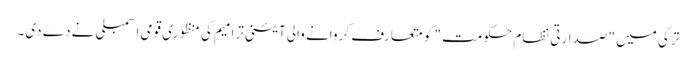
ترکی میں " صدارتی نظامِ حکومت " کو متعارف کروانے والی آئینی ترامیم کی منظوری قومی اسمبلی نے دے دی۔